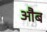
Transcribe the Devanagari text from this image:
औब